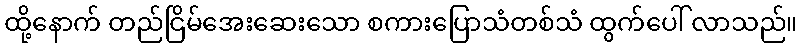
ထို့နောက် တည်ငြိမ်အေးဆေးသော စကားပြောသံတစ်သံ ထွက်ပေါ် လာသည်။